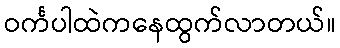
ဝင်္ကပါထဲကနေထွက်လာတယ်။